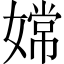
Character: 嫦